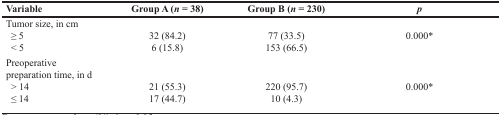
<table><thead><tr><td><b>Variable</b></td><td><b>Group A (<i>n</i> = 38)</b></td><td><b>Group B (<i>n</i> = 230)</b></td><td><b><i>p</i></b></td></tr></thead><tbody><tr><td>Tumor size, in cm ≥ 5 &lt; 5</td><td>32 (84.2)6 (15.8)</td><td>77 (33.5)153 (66.5)</td><td>0.000*</td></tr><tr><td>Preoperative preparation time, in d &gt; 14 ≤ 14</td><td>21 (55.3)17 (44.7)</td><td>220 (95.7)10 (4.3)</td><td>0.000*</td></tr></tbody></table>